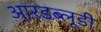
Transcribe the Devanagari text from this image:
आरडब्लूडी